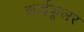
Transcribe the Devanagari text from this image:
क्राईकूलर